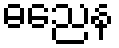
ဓညေန